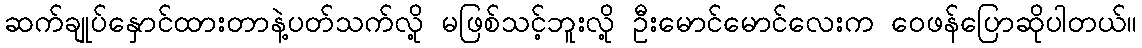
ဆက်ချုပ်နှောင်ထားတာနဲ့ပတ်သက်လို့ မဖြစ်သင့်ဘူးလို့ ဦးမောင်မောင်လေးက ဝေဖန်ပြောဆိုပါတယ်။